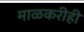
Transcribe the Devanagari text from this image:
माळकरीही